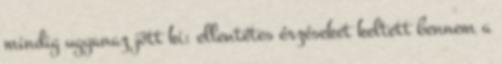
mindig ugyanaz jött ki: ellentétes érzéseket keltett bennem a